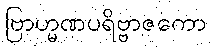
ဗြာဟ္မဏပရိဗ္ဗာဇကော